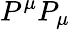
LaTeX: P^{\mu}P_{\mu}